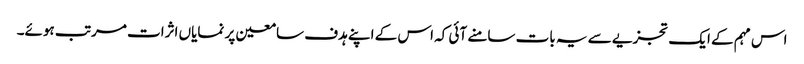
اس مہم کے ایک تجزیے سے یہ بات سامنے آئی کہ اس کے اپنے ہدف سامعین پر نمایاں اثرات مرتب ہوئے۔